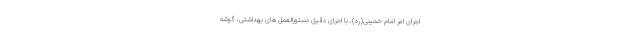
اجرای امر امام خمینی(ره)، با اجرای دقیق دستورالعمل های بهداشتی، گوشه